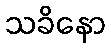
သခိနော